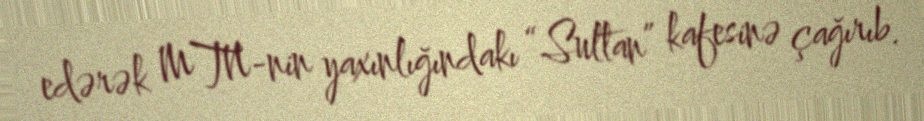
edərək MTN-nin yaxınlığındakı “Sultan” kafesinə çağırıb.